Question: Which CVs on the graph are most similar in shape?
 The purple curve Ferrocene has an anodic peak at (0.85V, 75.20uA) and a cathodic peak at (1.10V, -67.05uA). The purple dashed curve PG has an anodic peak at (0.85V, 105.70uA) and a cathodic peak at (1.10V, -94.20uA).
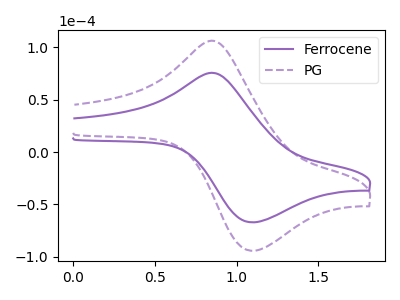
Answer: <think>All the peaks in "Ferrocene" have a peak in "PG" at the same potential. Every peak in "Ferrocene" is lower than every peak in "PG".
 </think>
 <answer>"Ferrocene" and "PG" have the same shape and are likely CV's of the same chemical.</answer>
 <eval>"Ferrocene" "PG"</eval>